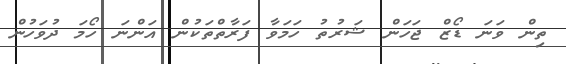
ތިން ވަނަ ޑޯޒް ޖަހަން ޝަރުތު ހަމަވާ ފަރާތްތަކުން އަންނަ ހޯމަ ދުވަހުން